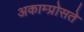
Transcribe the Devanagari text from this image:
अकाम्प्रोसते